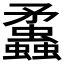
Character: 𧕑